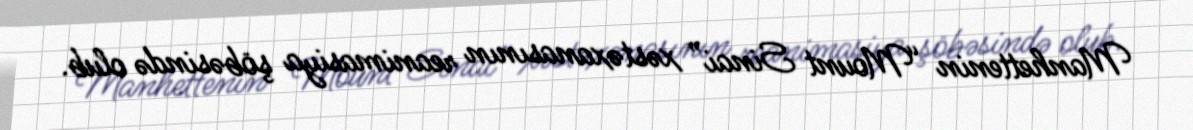
Manhettenin “Mount Sinai” xəstəxanasının reanimasiya şöbəsində olub.